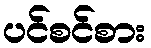
ပင်စင်စား